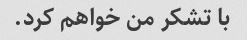
با تشکر من خواهم کرد.